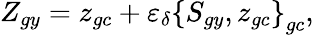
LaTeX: Z_{gy}=z_{gc}+\varepsilon_{\delta}\left\{ S_{gy},z_{gc}\right\} _{gc},